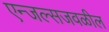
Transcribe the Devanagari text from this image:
एन्जल्सजवळील